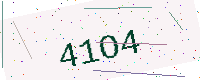
Text: 41O4